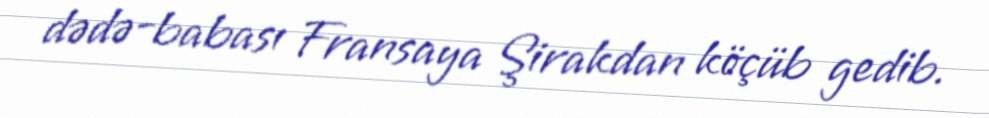
dədə-babası Fransaya Şirakdan köçüb gedib.